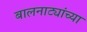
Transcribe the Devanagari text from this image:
बालनाट्यांच्या